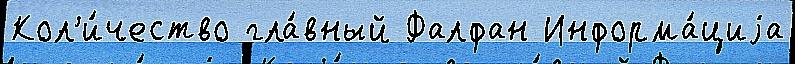
Кол'и́чество гла́вный Фалфан Информа́циjа